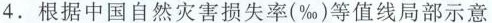
4 .根据中国自然灾害损失率(‰)等值线局部示意